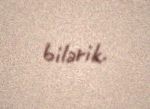
bilərik.